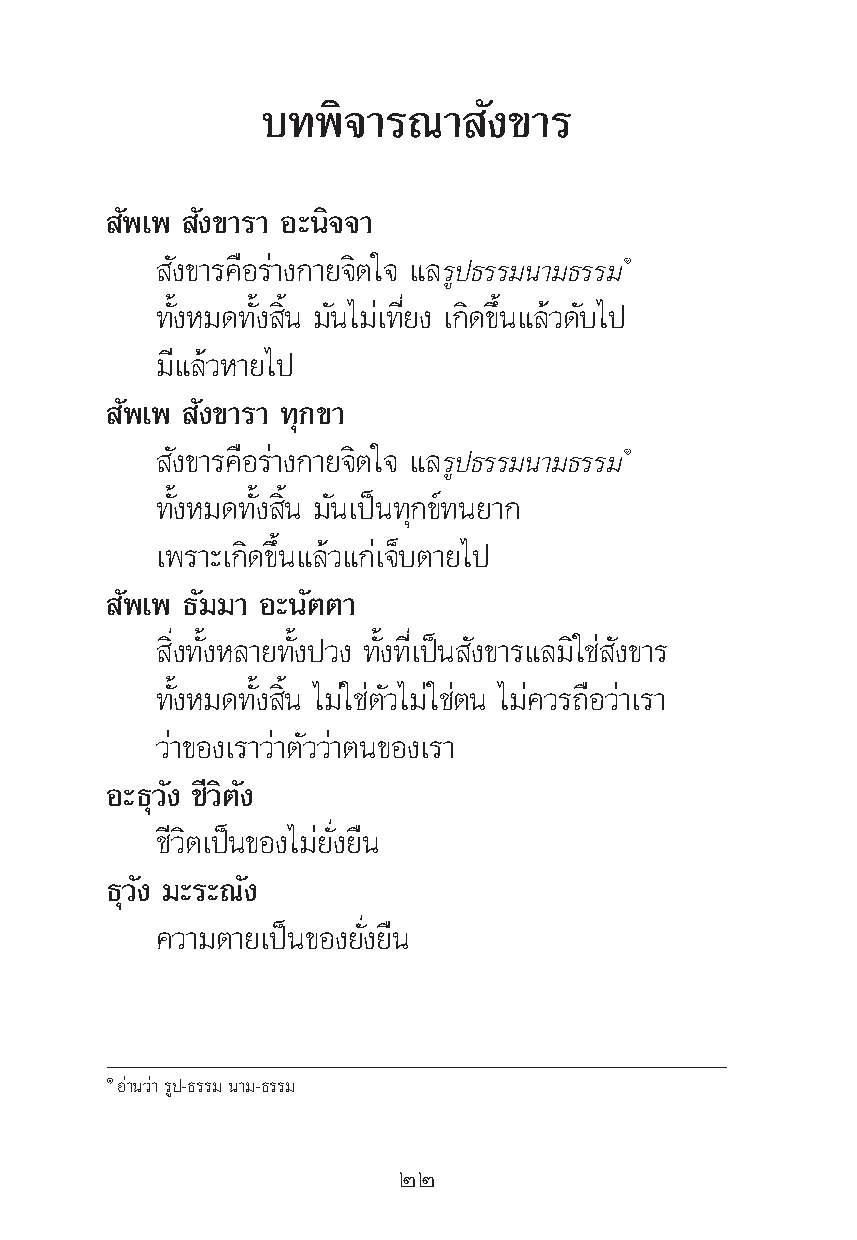
∫∑æ‘®“√≥“      —ß¢“√
 —æ‡æ —ß¢“√“ Õ–π‘®®“
 —ß¢“√§◊Õ√à“ß°“¬®‘μ„® ·≈√Ÿª∏√√¡π“¡∏√√¡Ò
 ∑—ÈßÀ¡¥∑—Èß ‘Èπ ¡—π‰¡à‡∑’Ë¬ß ‡°‘¥¢÷Èπ·≈â«¥—∫‰ª
 ¡’·≈â«À“¬‰ª
 —æ‡æ —ß¢“√“ ∑ÿ°¢“
 —ß¢“√§◊Õ√à“ß°“¬®‘μ„® ·≈√Ÿª∏√√¡π“¡∏√√¡Ò
 ∑—ÈßÀ¡¥∑—Èß ‘Èπ ¡—π‡ªìπ∑ÿ°¢å∑π¬“°
 ‡æ√“–‡°‘¥¢÷Èπ·≈â«·°à‡®Á∫μ“¬‰ª
 —æ‡æ ∏—¡¡“ Õ–π—μμ“
 ‘Ëß∑—ÈßÀ≈“¬∑—Èßª«ß ∑—Èß∑’Ë‡ªìπ —ß¢“√·≈¡‘„™à —ß¢“√
 ∑—ÈßÀ¡¥∑—Èß ‘Èπ ‰¡à„™àμ—«‰¡à„™àμπ ‰¡à§«√∂◊Õ«à“‡√“
 «à“¢Õß‡√“«à“μ—««à“μπ¢Õß‡√“
 Õ–∏ÿ«—ß ™’«‘μ—ß
 ™’«‘μ‡ªìπ¢Õß‰¡à¬—Ëß¬◊π
 ∏ÿ«—ß ¡–√–≥—ß
 §«“¡μ“¬‡ªìπ¢Õß¬—Ëß¬◊π
 ÒÕà“π«à“√Ÿª-∏√√¡ π“¡-∏√√¡
 ÚÚ